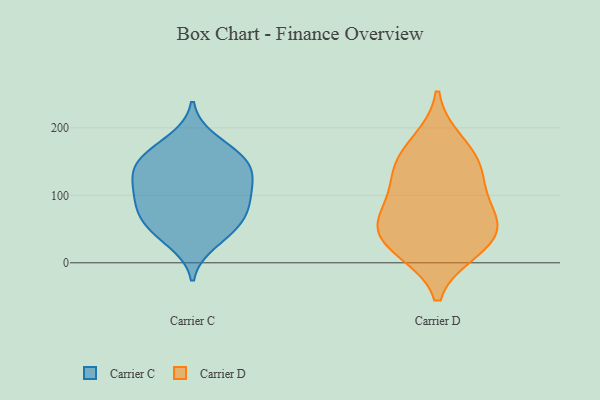
{"axis": {"x": "Backlog", "y": "Value"}, "legend": ["Carrier C", "Carrier D"], "data": [{"x": "", "y": 159, "type": "Carrier C"}, {"x": "", "y": 84, "type": "Carrier C"}, {"x": "", "y": 155, "type": "Carrier C"}, {"x": "", "y": 182, "type": "Carrier C"}, {"x": "", "y": 30, "type": "Carrier C"}, {"x": "", "y": 51, "type": "Carrier C"}, {"x": "", "y": 133, "type": "Carrier C"}, {"x": "", "y": 153, "type": "Carrier C"}, {"x": "", "y": 84, "type": "Carrier C"}, {"x": "", "y": 96, "type": "Carrier C"}, {"x": "", "y": 52, "type": "Carrier C"}, {"x": "", "y": 107, "type": "Carrier C"}, {"x": "", "y": 123, "type": "Carrier C"}, {"x": "", "y": 65, "type": "Carrier C"}, {"x": "", "y": 132, "type": "Carrier C"}, {"x": "", "y": 117, "type": "Carrier D"}, {"x": "", "y": 23, "type": "Carrier D"}, {"x": "", "y": 19, "type": "Carrier D"}, {"x": "", "y": 82, "type": "Carrier D"}, {"x": "", "y": 46, "type": "Carrier D"}, {"x": "", "y": 141, "type": "Carrier D"}, {"x": "", "y": 148, "type": "Carrier D"}, {"x": "", "y": 65, "type": "Carrier D"}, {"x": "", "y": 52, "type": "Carrier D"}, {"x": "", "y": 179, "type": "Carrier D"}]}